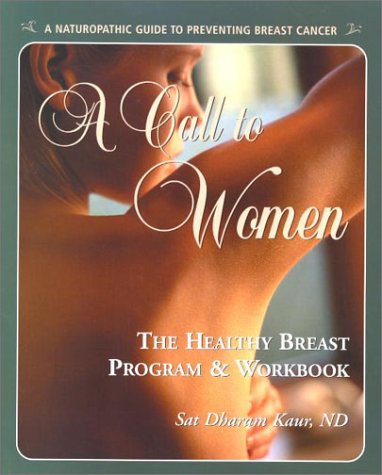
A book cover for A Call to Women: The Healthy Breast Program & Workbook : Naturopathic Prevention of Breast Cancer; Sat Dharum Kaur; Health, Fitness & Dieting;